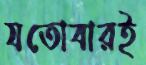
যতোবারই